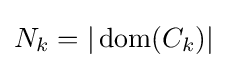
N_{k}=|\operatorname {dom} (C_{k})|